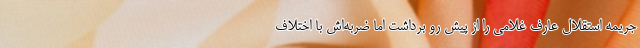
جریمه استقلال عارف غلامی را از پیش رو برداشت اما ضربه‌اش با اختلاف